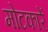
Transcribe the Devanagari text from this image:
मोटकारें